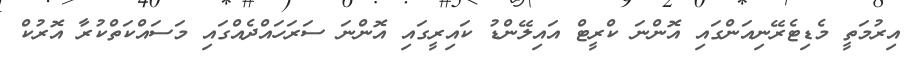
އިރުމަތީ މެޑިޓެރޭނިއަންގައި އޮންނަ ކްރީޓް އައިލޭންޑު ކައިރީގައި އޮންނަ ސަރަހައްދެއްގައި މަސައްކަތްކުރާ އޮރުކް